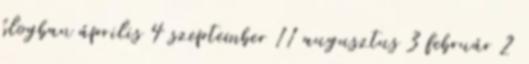
blogban április 4 szeptember 11 augusztus 3 február 2